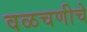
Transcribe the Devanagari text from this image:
वळचणीचे